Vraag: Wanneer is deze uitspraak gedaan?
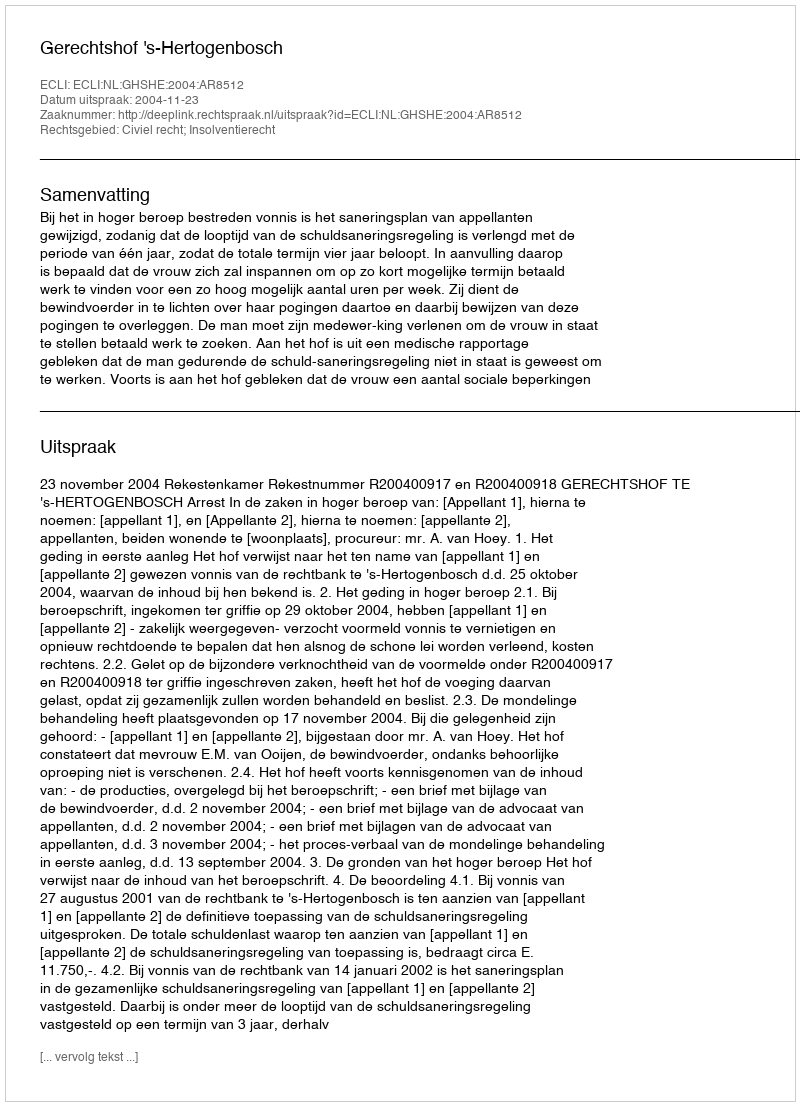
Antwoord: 2004-11-23